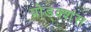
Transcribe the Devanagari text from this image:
प्रोड्क्शंस